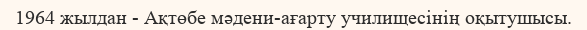
1964 жылдан - Ақтөбе мәдени-ағарту училищесінің оқытушысы.